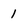
Character: 1